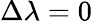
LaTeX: \Delta\lambda=0